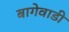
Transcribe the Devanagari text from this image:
बागेवाडी